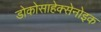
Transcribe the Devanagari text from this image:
डोकोसाहेक्सेनोइक